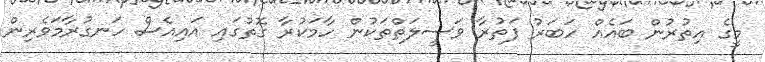
މީގެ އިތުރުން ބައެއް ހަބަރު ފަތުރާ ވަސީލަތްތަކުން ހާމަކުރާ ގޮތުގައި އައިއެސް ހަނގުރާމަވެރިން